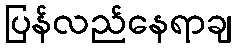
ပြန်လည်နေရာချ